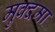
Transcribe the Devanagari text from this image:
मुक्दमा